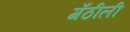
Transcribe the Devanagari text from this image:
गँठीली